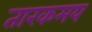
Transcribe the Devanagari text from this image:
तारकमय